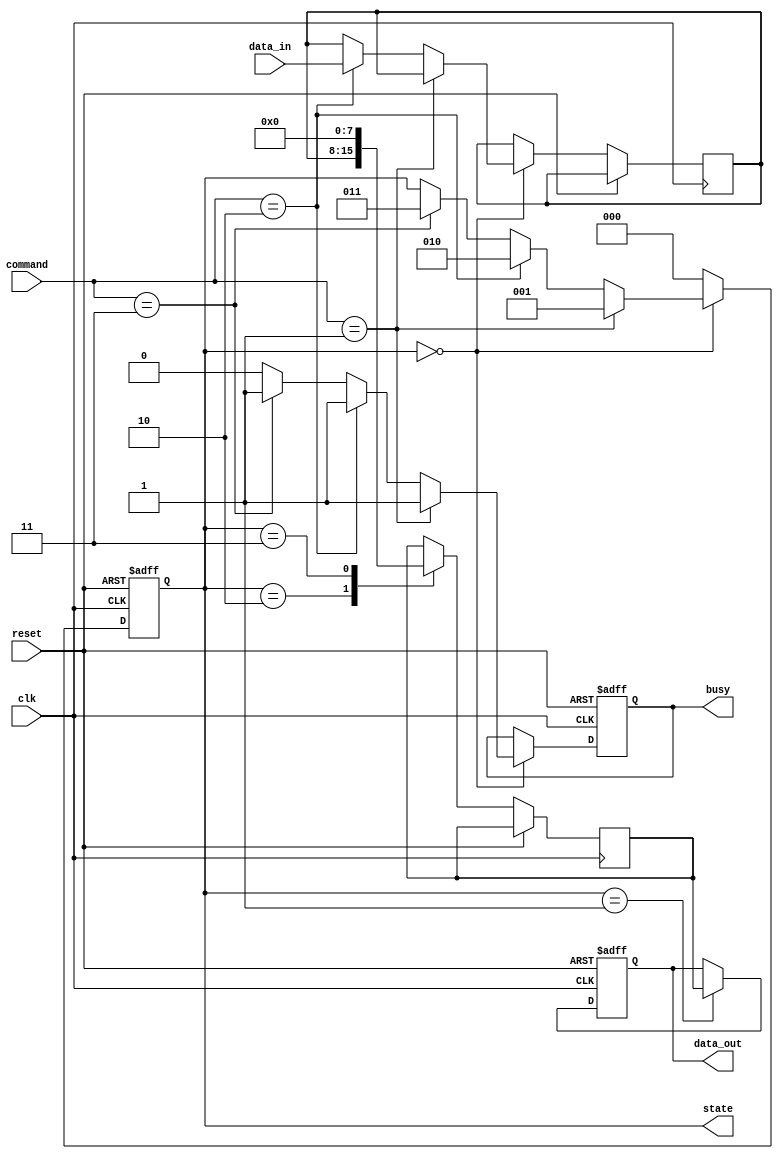
module MLC_EEPROM_IO (
    input wire clk,
    input wire reset,
    input wire [3:0] command, // Commands: 4'b0001 = Read, 4'b0010 = Write, 4'b0011 = Erase
    input wire [7:0] data_in,  // Data input for write operation
    output reg [7:0] data_out,  // Data output for read operation
    output reg busy,            // Indicates if the EEPROM is busy
    output reg [2:0] state     // State of the state machine
);

// State encoding
localparam IDLE      = 3'b000;
localparam READING   = 3'b001;
localparam WRITING   = 3'b010;
localparam ERASING   = 3'b011;

// Control signals
reg [7:0] data_latch; // Temporary storage for data
reg [7:0] memory [0:255]; // Memory array (256 x 8 bits for example)

// State machine implementation
always @(posedge clk or posedge reset) begin
    if (reset) begin
        state <= IDLE;
        busy <= 0;
        data_out <= 0;
    end else begin
        case (state)
            IDLE: begin
                busy <= 0;
                if (command == 4'b0001) begin // Read command
                    state <= READING;
                    busy <= 1;
                end else if (command == 4'b0010) begin // Write command
                    state <= WRITING;
                    busy <= 1;
                    data_latch <= data_in; // Capture incoming data
                end else if (command == 4'b0011) begin // Erase command
                    state <= ERASING;
                    busy <= 1;
                end
            end
            
            READING: begin
                // For simplicity, assume a fixed address 0 for reading
                data_out <= memory[0]; // Read from memory
                state <= IDLE; // Go back to idle after reading
            end
            
            WRITING: begin
                // For simplicity, assume a fixed address 0 for writing
                memory[0] <= data_latch; // Write to memory
                state <= IDLE; // Go back to idle after writing
            end
            
            ERASING: begin
                // For simplicity, erase memory at address 0
                memory[0] <= 8'b00000000; // Reset to default state
                state <= IDLE; // Go back to idle after erasing
            end
            
            default: state <= IDLE; // Safety default
        endcase
    end
end

endmodule